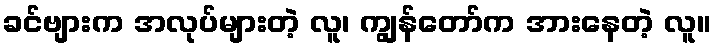
ခင်ဗျားက အလုပ်များတဲ့ လူ၊ ကျွန်တော်က အားနေတဲ့ လူ။